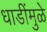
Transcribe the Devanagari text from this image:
धाडींमुळे